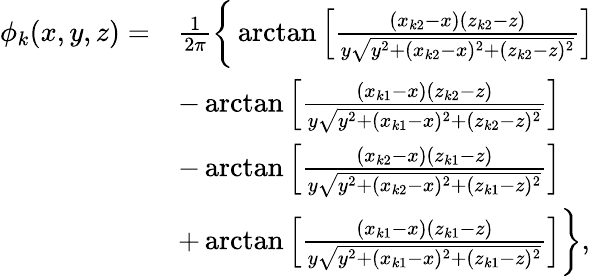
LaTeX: \begin{array}{rl}{\phi_{k}(x,y,z)=}&{\frac{1}{2\pi}\bigg\{ \arctan\left[\frac{(x_{k2}-x)(z_{k2}-z)}{y\sqrt{y^{2}+(x_{k2}-x)^{2}+(z_{k2}-z)^{2}}}\right]}\\ &{-\arctan\left[\frac{(x_{k1}-x)(z_{k2}-z)}{y\sqrt{y^{2}+(x_{k1}-x)^{2}+(z_{k2}-z)^{2}}}\right]}\\ &{-\arctan\left[\frac{(x_{k2}-x)(z_{k1}-z)}{y\sqrt{y^{2}+(x_{k2}-x)^{2}+(z_{k1}-z)^{2}}}\right]}\\ &{+\arctan\left[\frac{(x_{k1}-x)(z_{k1}-z)}{y\sqrt{y^{2}+(x_{k1}-x)^{2}+(z_{k1}-z)^{2}}}\right]\bigg\} ,}\end{array}